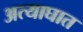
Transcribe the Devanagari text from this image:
अत्याघात